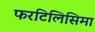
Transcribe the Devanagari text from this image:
फरटिलिसिमा